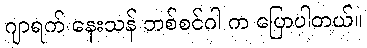
ဂျာရက် နေးသန် ဘစ်စင်ဂါ က ပြောပါတယ်။